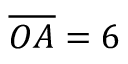
{ \overline { { O A } } } = 6